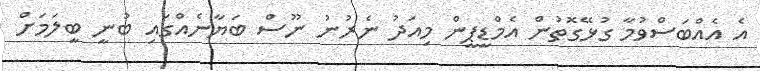
އެ އެއްބަސްވުމާ ގުޅޭގޮތުން އެމްޑީޕީން މިއަދު ނެރުނު ނޫސް ބަޔާނެއްގައި ބުނީ ބީލަމަށް